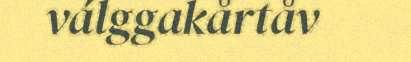
válggakårtåv